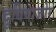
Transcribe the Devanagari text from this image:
दुधियाजोर